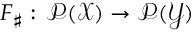
F _ { \sharp } : \, \mathcal P ( \mathcal X ) \to \mathcal P ( \mathcal Y )